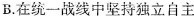
B.在统一战线中坚持独立自主